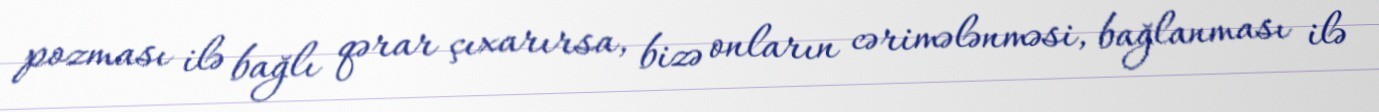
pozması ilə bağlı qərar çıxarırsa, bizə onların cərimələnməsi, bağlanması ilə